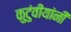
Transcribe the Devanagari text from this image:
कुटुंवीयांनी